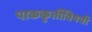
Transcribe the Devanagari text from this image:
पाककृतींविषयी